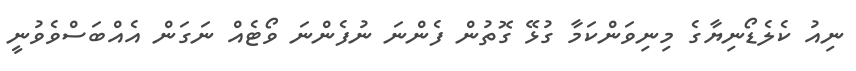
ނިއު ކެލެޑޯނިޔާގެ މިނިވަންކަމާ ގުޅޭ ގޮތުން ފެންނަ ނުފެންނަ ވޯޓެއް ނަގަން އެއްބަސްވެވުނީ